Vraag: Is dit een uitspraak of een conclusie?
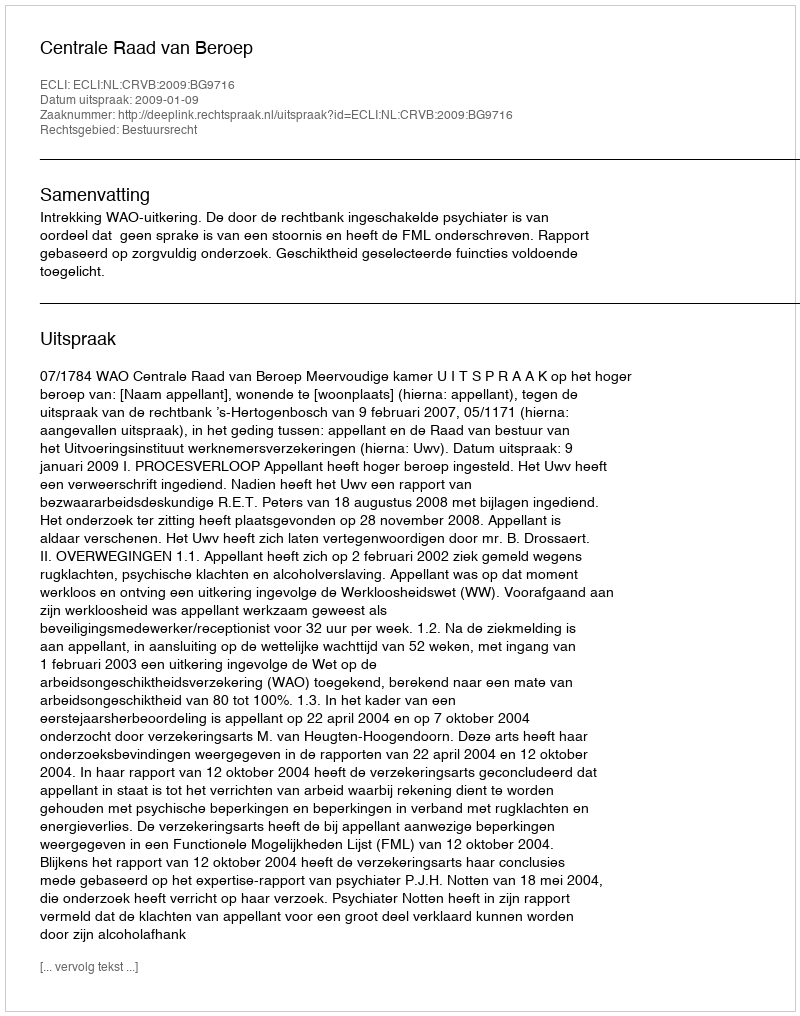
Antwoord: Uitspraak